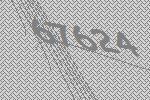
67624